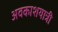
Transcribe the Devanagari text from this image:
अवकाशयात्री